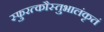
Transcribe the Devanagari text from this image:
स्फुरत्कौस्तुभालंकृतं